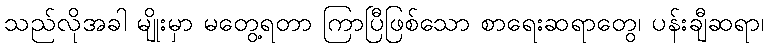
သည်လိုအခါ မျိုးမှာ မတွေ့ရတာ ကြာပြီဖြစ်သော စာရေးဆရာတွေ၊ ပန်းချီဆရာ၊